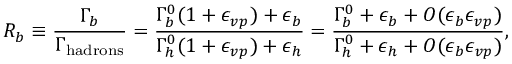
R _ { b } \equiv { \frac { \Gamma _ { b } } { \Gamma _ { \mathrm { h a d r o n s } } } } = { \frac { \Gamma _ { b } ^ { 0 } ( 1 + \epsilon _ { v p } ) + \epsilon _ { b } } { \Gamma _ { h } ^ { 0 } ( 1 + \epsilon _ { v p } ) + \epsilon _ { h } } } = { \frac { \Gamma _ { b } ^ { 0 } + \epsilon _ { b } + { \cal O } ( \epsilon _ { b } \epsilon _ { v p } ) } { \Gamma _ { h } ^ { 0 } + \epsilon _ { h } + { \cal O } ( \epsilon _ { b } \epsilon _ { v p } ) } } ,